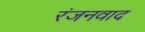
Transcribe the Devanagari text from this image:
रंजनवाद